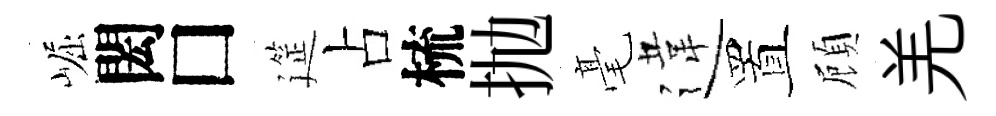
崛閎□筵占梳抛毫違置頋羌